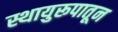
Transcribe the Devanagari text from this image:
स्थायुरूपातून